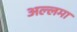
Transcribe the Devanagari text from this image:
अल्लमा